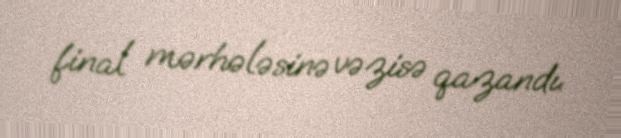
final mərhələsinə vəzisə qazandı.